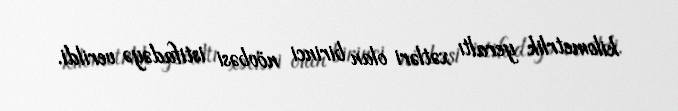
kilometrlik yeraltı xətləri olan birinci növbəsi istifadəyə verildi.